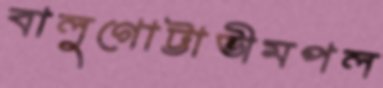
বালুগোট্টাভীমপল